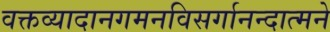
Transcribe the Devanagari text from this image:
वक्तव्यादानगमनविसर्गानन्दात्मने